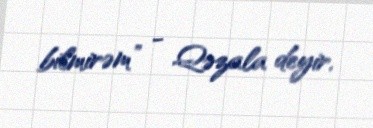
bilmirəm” - Qəzala deyir.